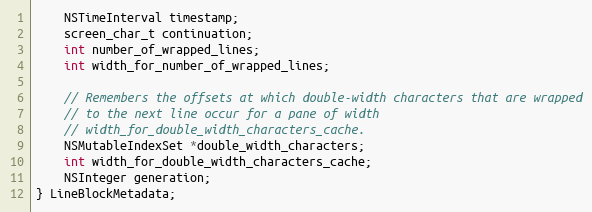
Language: C
    NSTimeInterval timestamp;
    screen_char_t continuation;
    int number_of_wrapped_lines;
    int width_for_number_of_wrapped_lines;

    // Remembers the offsets at which double-width characters that are wrapped
    // to the next line occur for a pane of width
    // width_for_double_width_characters_cache.
    NSMutableIndexSet *double_width_characters;
    int width_for_double_width_characters_cache;
    NSInteger generation;
} LineBlockMetadata;